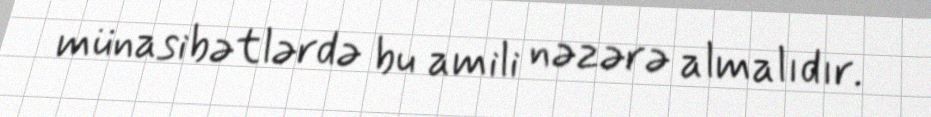
münasibətlərdə bu amili nəzərə almalıdır.